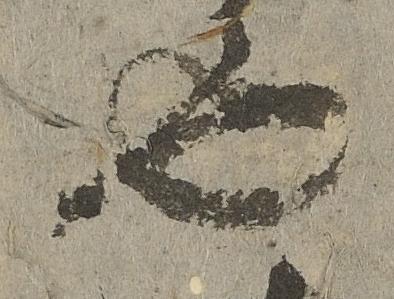
也